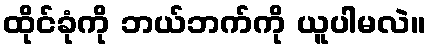
ထိုင်ခုံကို ဘယ်ဘက်ကို ယူပါမလဲ။